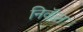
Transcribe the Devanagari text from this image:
निकॅल